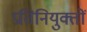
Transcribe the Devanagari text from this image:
प्रतिनियुक्तों